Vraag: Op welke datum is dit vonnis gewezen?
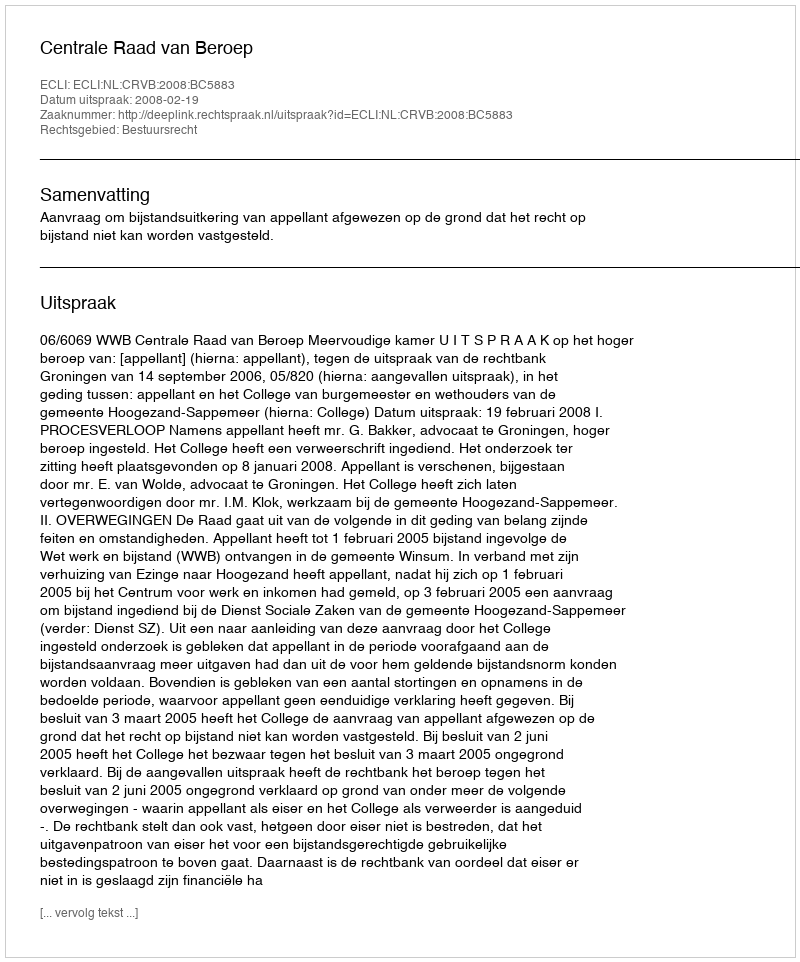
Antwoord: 2008-02-19